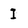
Character: I